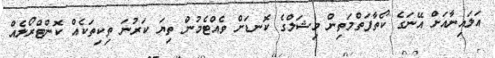
އަލައިނާއަށް އޭނަގެ ކޯތާފަތްމަތިން މިޝަލްގެ ކޮނޑަށް ވެއްޓެމުން ތިޔަ ކަރުނަ ތިކިތަކެއް ކޮންޓްރޯލެއް